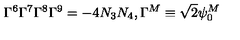
\Gamma ^ { 6 } \Gamma ^ { 7 } \Gamma ^ { 8 } \Gamma ^ { 9 } = - 4 N _ { 3 } N _ { 4 } , \Gamma ^ { M } \equiv \sqrt { 2 } \psi _ { 0 } ^ { M }